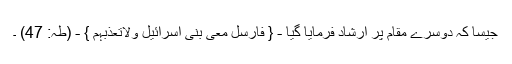
جیسا کہ دوسرے مقام پر ارشاد فرمایا گیا - { فَاَرْسِلْ مَعِیَ بَنِیْ اِسْرَائِیْلَ وَلاَتُعَذِّبْہُمْ } - (طٰہٓ: 47) ۔